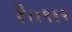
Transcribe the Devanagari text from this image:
है।१९६२